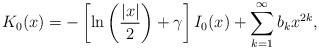
LaTeX: \begin{align*}K_0(x)&=-\left[\ln\left(\frac{|x|}2\right)+\gamma\right]I_0(x)+\sum\limits_{k=1}^\infty b_kx^{2k},\end{align*}